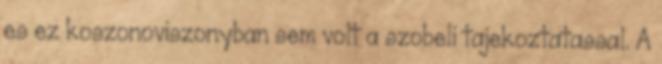
es ez koszonoviszonyban sem volt a szobeli tajekoztatassal. A